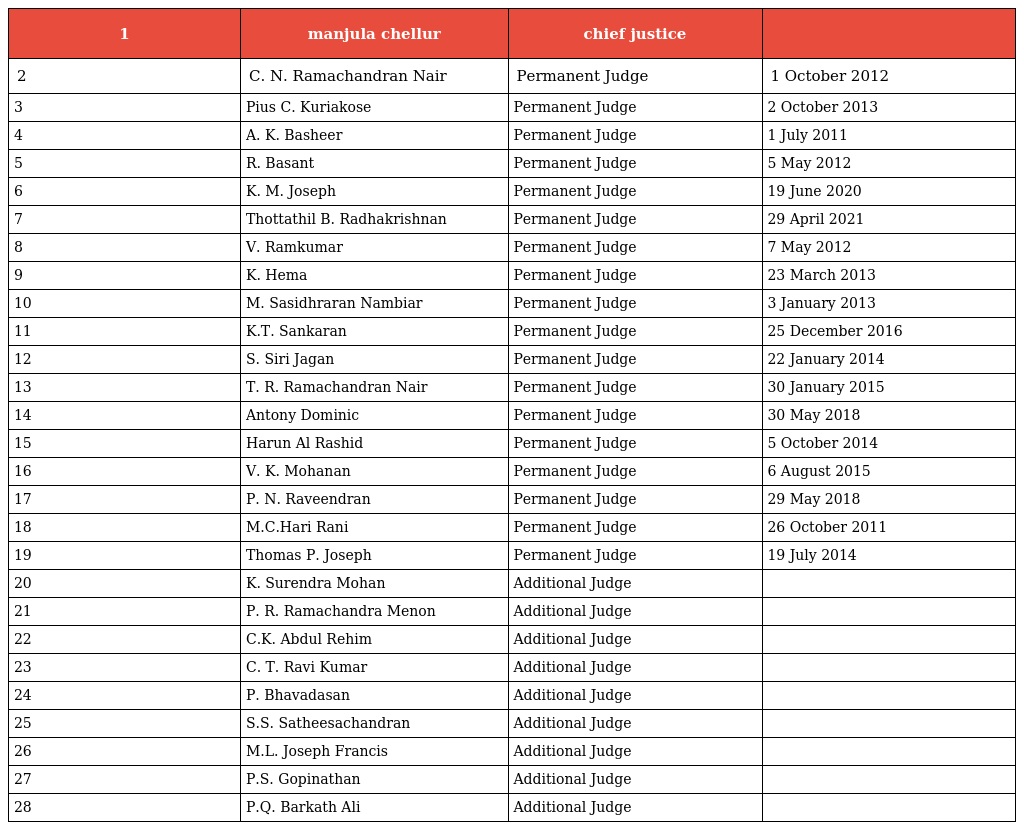
| 1 | manjula chellur | chief justice |  |
 | --- | --- | --- | --- |
 | 2 | C. N. Ramachandran Nair | Permanent Judge | 1 October 2012 |
 | 3 | Pius C. Kuriakose | Permanent Judge | 2 October 2013 |
 | 4 | A. K. Basheer | Permanent Judge | 1 July 2011 |
 | 5 | R. Basant | Permanent Judge | 5 May 2012 |
 | 6 | K. M. Joseph | Permanent Judge | 19 June 2020 |
 | 7 | Thottathil B. Radhakrishnan | Permanent Judge | 29 April 2021 |
 | 8 | V. Ramkumar | Permanent Judge | 7 May 2012 |
 | 9 | K. Hema | Permanent Judge | 23 March 2013 |
 | 10 | M. Sasidhraran Nambiar | Permanent Judge | 3 January 2013 |
 | 11 | K.T. Sankaran | Permanent Judge | 25 December 2016 |
 | 12 | S. Siri Jagan | Permanent Judge | 22 January 2014 |
 | 13 | T. R. Ramachandran Nair | Permanent Judge | 30 January 2015 |
 | 14 | Antony Dominic | Permanent Judge | 30 May 2018 |
 | 15 | Harun Al Rashid | Permanent Judge | 5 October 2014 |
 | 16 | V. K. Mohanan | Permanent Judge | 6 August 2015 |
 | 17 | P. N. Raveendran | Permanent Judge | 29 May 2018 |
 | 18 | M.C.Hari Rani | Permanent Judge | 26 October 2011 |
 | 19 | Thomas P. Joseph | Permanent Judge | 19 July 2014 |
 | 20 | K. Surendra Mohan | Additional Judge |  |
 | 21 | P. R. Ramachandra Menon | Additional Judge |  |
 | 22 | C.K. Abdul Rehim | Additional Judge |  |
 | 23 | C. T. Ravi Kumar | Additional Judge |  |
 | 24 | P. Bhavadasan | Additional Judge |  |
 | 25 | S.S. Satheesachandran | Additional Judge |  |
 | 26 | M.L. Joseph Francis | Additional Judge |  |
 | 27 | P.S. Gopinathan | Additional Judge |  |
 | 28 | P.Q. Barkath Ali | Additional Judge |  |